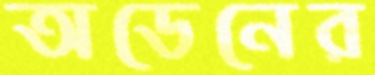
অডেনের